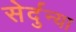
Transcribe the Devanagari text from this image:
सेर्दुन्या